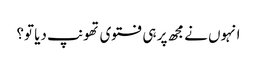
انہوں نے مجھ پر ہی فتوی تھونپ دیا تو؟